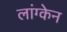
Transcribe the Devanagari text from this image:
लांग्केन